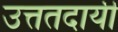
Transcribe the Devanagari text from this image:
उत्ततदायी